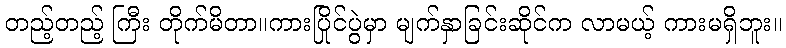
တည့်တည့် ကြီး တိုက်မိတာ။ကားပြိုင်ပွဲမှာ မျက်နှာခြင်းဆိုင်က လာမယ့် ကားမရှိဘူး။